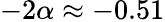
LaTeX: -2\alpha\approx-0.51